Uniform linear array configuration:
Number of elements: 32
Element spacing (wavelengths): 0.5
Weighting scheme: binomial
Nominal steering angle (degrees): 0
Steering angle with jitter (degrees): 0.173
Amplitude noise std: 0.05
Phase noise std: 0.05

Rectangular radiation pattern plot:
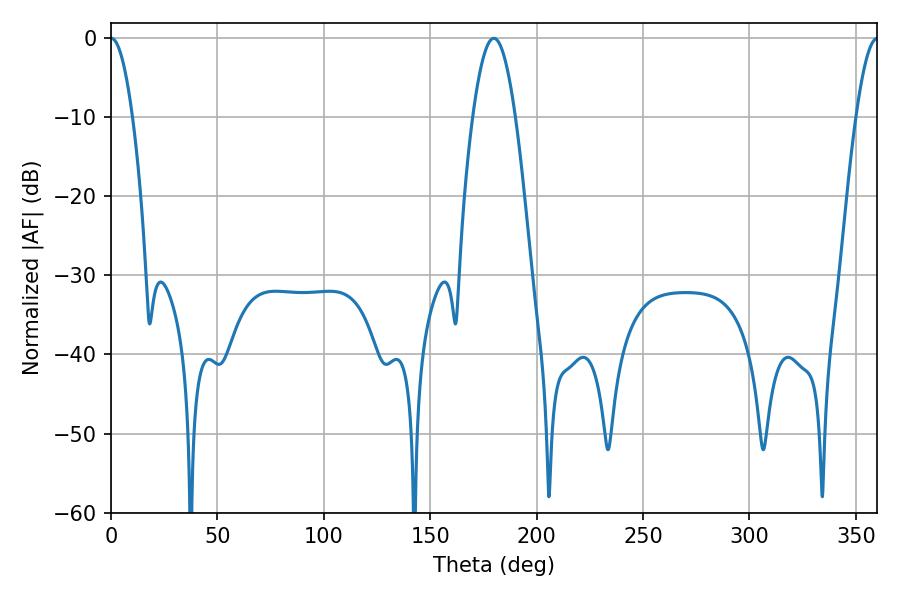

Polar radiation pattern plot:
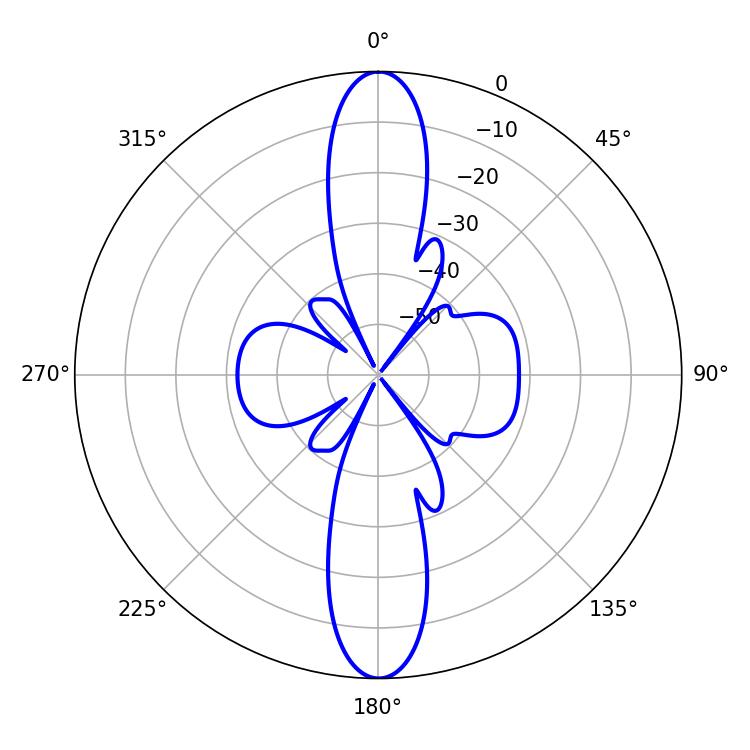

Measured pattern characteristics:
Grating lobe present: FALSE
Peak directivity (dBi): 35.145
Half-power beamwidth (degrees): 5.58
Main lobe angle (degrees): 0.18